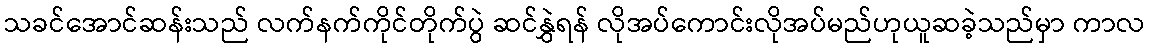
သခင်အောင်ဆန်းသည် လက်နက်ကိုင်တိုက်ပွဲ ဆင်နွှဲရန် လိုအပ်ကောင်းလိုအပ်မည်ဟုယူဆခဲ့သည်မှာ ကာလ